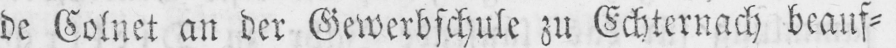
de Colnet an der Gewerbschule zu Echternach beauf⸗